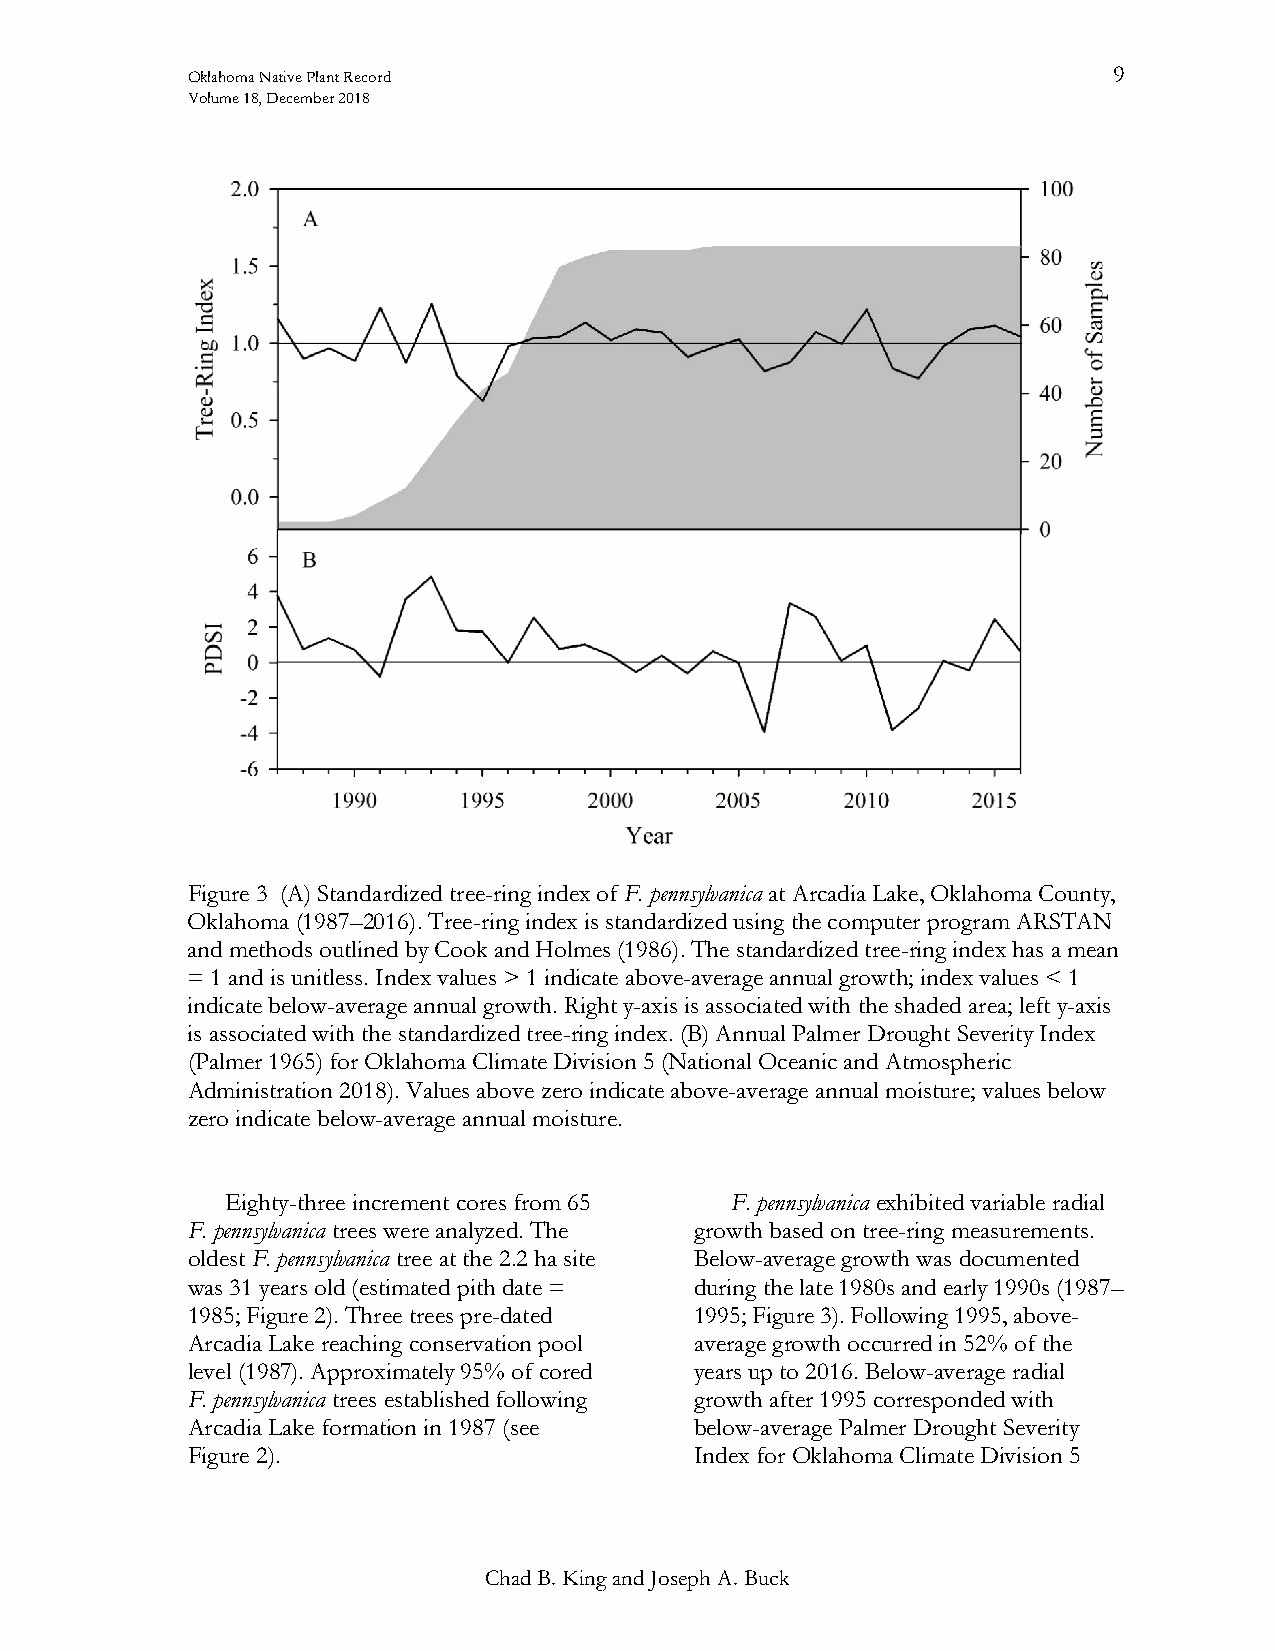
Oklahoma Native Plant Record                                  9
 Volume 18, December 2018
 Figure 3 (A) Standardized tree-ring index of F. pennsylvanica at Arcadia Lake, Oklahoma County,
 Oklahoma (1987–2016). Tree-ring index is standardized using the computer program ARSTAN
 and methods outlined by Cook and Holmes (1986). The standardized tree-ring index has a mean
 = 1 and is unitless. Index values > 1 indicate above-average annual growth; index values < 1
 indicate below-average annual growth. Right y-axis is associated with the shaded area; left y-axis
 is associated with the standardized tree-ring index. (B) Annual Palmer Drought Severity Index
 (Palmer 1965) for Oklahoma Climate Division 5 (National Oceanic and Atmospheric
 Administration 2018). Values above zero indicate above-average annual moisture; values below
 zero indicate below-average annual moisture.
 Eighty-three increment cores from 65 F. pennsylvanica exhibited variable radial
 F. pennsylvanica trees were analyzed. The growth based on tree-ring measurements.
 oldest F. pennsylvanica tree at the 2.2 ha site Below-average growth was documented
 was 31 years old (estimated pith date = during the late 1980s and early 1990s (1987–
 1985; Figure 2). Three trees pre-dated 1995; Figure 3). Following 1995, above-
 Arcadia Lake reaching conservation pool average growth occurred in 52% of the
 level (1987). Approximately 95% of cored years up to 2016. Below-average radial
 F. pennsylvanica trees established following growth after 1995 corresponded with
 Arcadia Lake formation in 1987 (see below-average Palmer Drought Severity
 Figure 2).                        Index for Oklahoma Climate Division 5
 Chad B. King and Joseph A. Buck